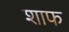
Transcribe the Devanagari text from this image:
शाफ